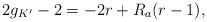
LaTeX: \begin{align*}2g_{K'} - 2 = -2r + R_a(r - 1),\end{align*}